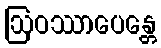
ဩဝဿာပေန္တေ